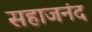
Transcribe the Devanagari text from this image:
सहाजनंद